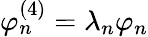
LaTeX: \varphi_{n}^{(4)}=\lambda_{n}\varphi_{n}